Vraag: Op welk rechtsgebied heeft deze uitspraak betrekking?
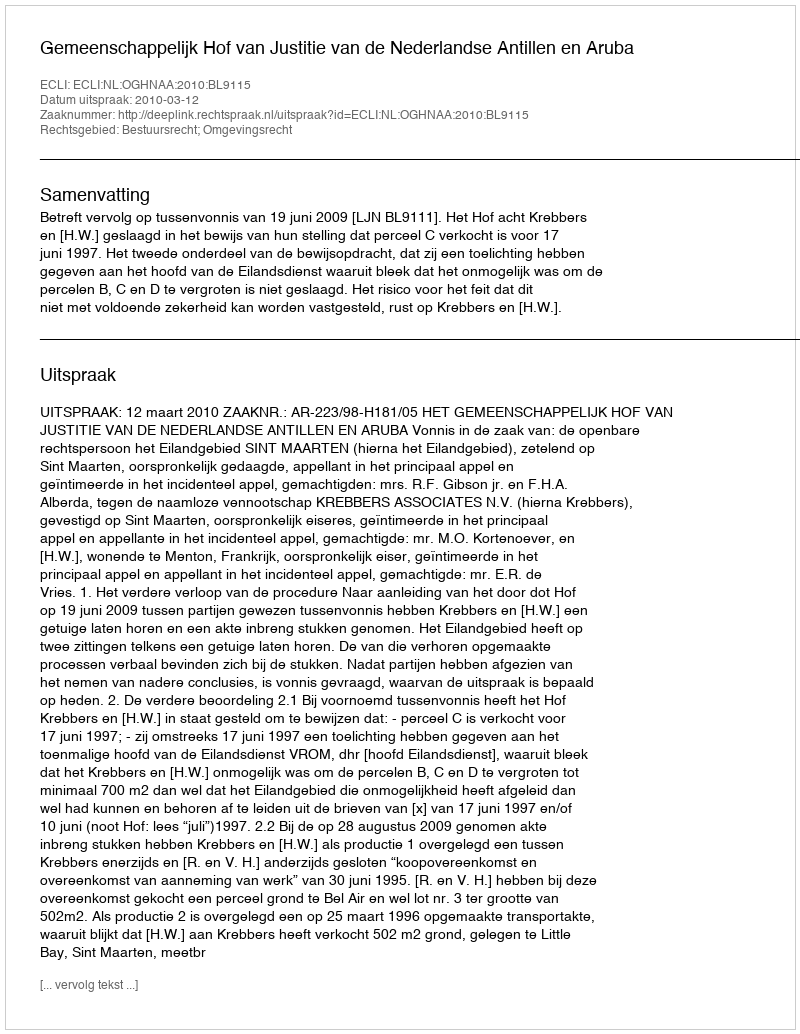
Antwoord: Bestuursrecht; Omgevingsrecht